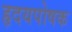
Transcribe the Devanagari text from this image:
हृदयपोषक